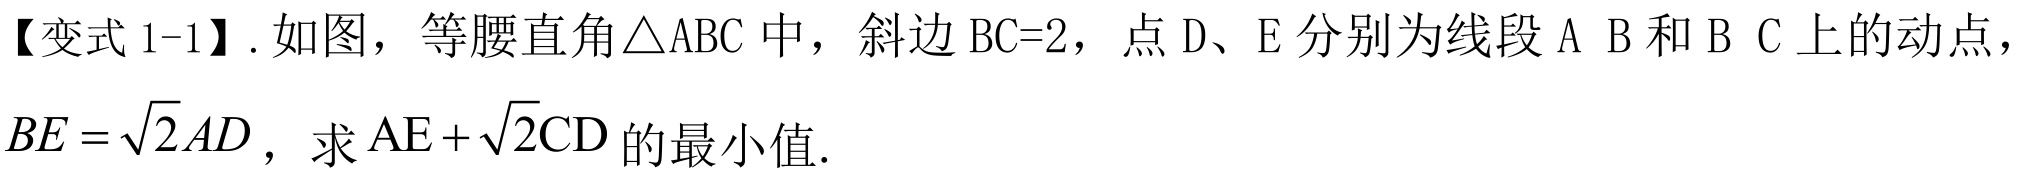
【变式1-1】.如图，等腰直角$\triangle \mathrm{A}\mathrm{B}\mathrm{C}$中，斜边$\mathrm{B}\mathrm{C}=2$，点$\mathrm{D}$、$\mathrm{E}$分别为线段$\mathrm{A}\mathrm{B}$和$\mathrm{B}\mathrm{C}$上的动点，$BE = \sqrt{2}AD$，求$\mathrm{A}\mathrm{E}+\sqrt{2}\mathrm{C}\mathrm{D}$的最小值．